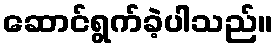
ဆောင်ရွက်ခဲ့ပါသည်။